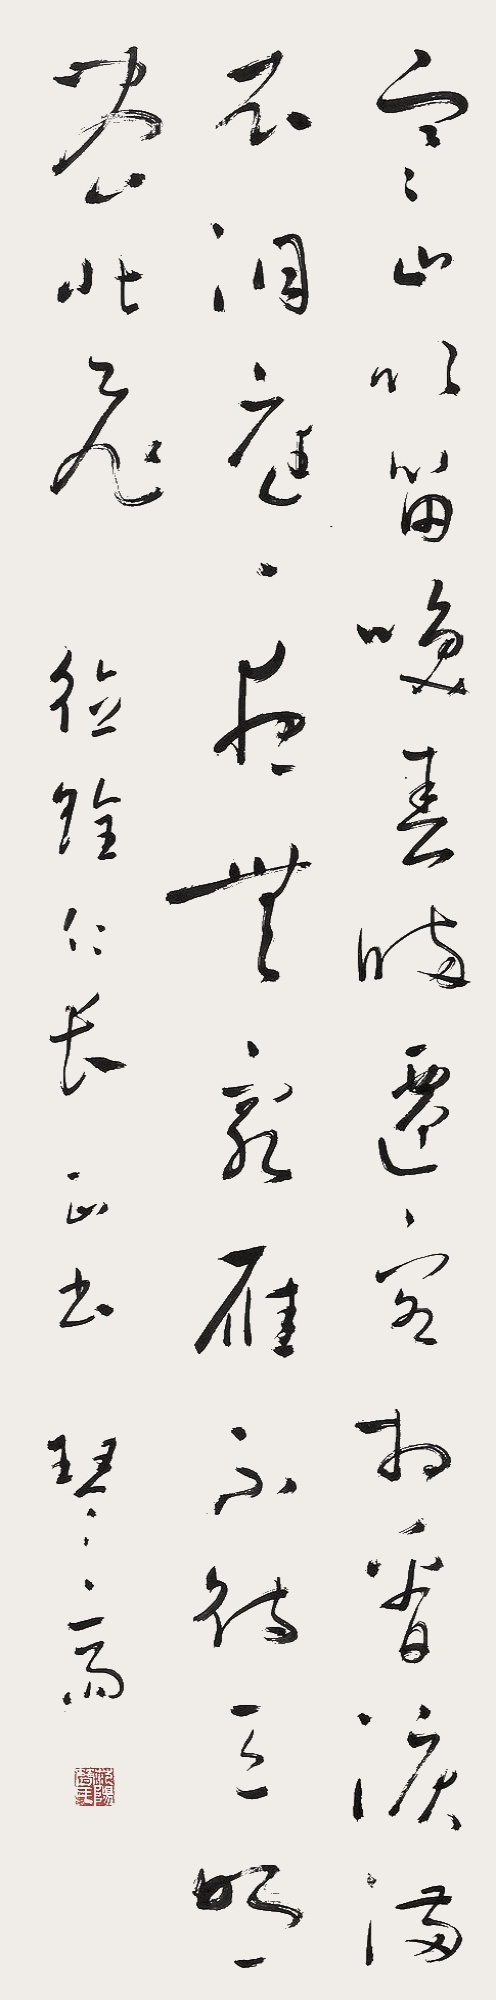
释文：寒山吹笛唤春归，迁客相看泪满衣。洞庭一夜无穷雁，不待天明尽北飞。德铨仁长正书，琴斋。